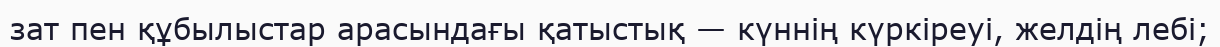
зат пен құбылыстар арасындағы қатыстық — күннің күркіреуі, желдің лебі;